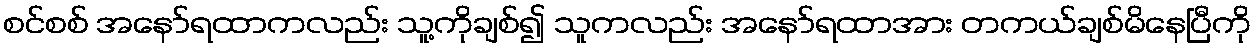
စင်စစ် အနော်ရထာကလည်း သူ့ကိုချစ်၍ သူကလည်း အနော်ရထာအား တကယ်ချစ်မိနေပြီကို